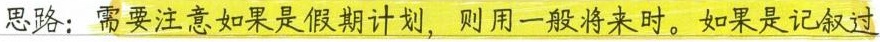
思路：需要注意如果是假期计划，则用一般将来时。如果是记叙过